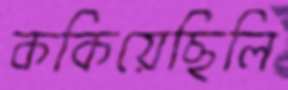
ককিয়েছিলি